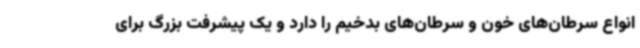
انواع سرطان‌های خون و سرطان‌های بدخیم را دارد و یک پیشرفت بزرگ برای